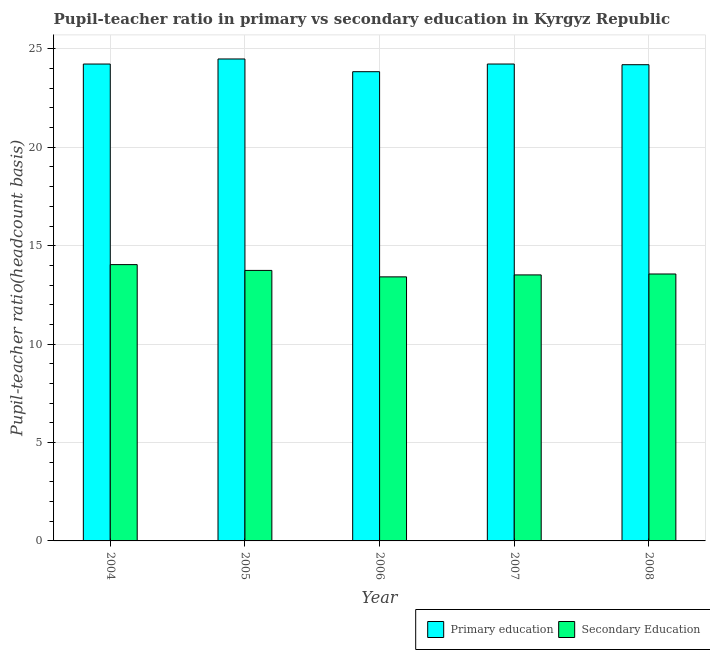
| Year | Primary education | Secondary Education |
 | --- | --- | --- |
 | 2004 | 24.2 | 14 |
 | 2005 | 24.5 | 13.7 |
 | 2006 | 23.8 | 13.4 |
 | 2007 | 24.2 | 13.5 |
 | 2008 | 24.2 | 13.6 |